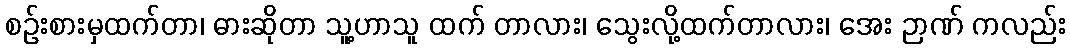
စဉ်းစားမှထက်တာ၊ ဓားဆိုတာ သူ့ဟာသူ ထက် တာလား၊ သွေးလို့ထက်တာလား၊ အေး ဉာဏ် ကလည်း